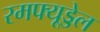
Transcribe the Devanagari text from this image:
रमफ्यूड्डेल